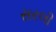
સરલી